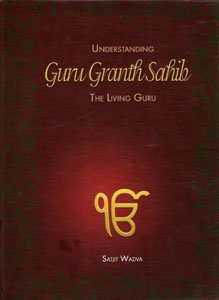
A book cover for Understanding Guru Granth Sahib : The Living Guru; S. Wadva; Religion & Spirituality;